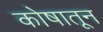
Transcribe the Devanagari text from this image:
कोषातून